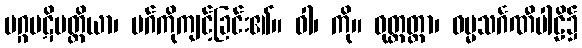
မဂ္ဂပဋိပတ္တိယာ၊ မဂ်ကိုကျင့်ခြင်း၏။ ဝါ၊ ကို။ ဝုတ္တတ္တာ၊ ဓမ္မသင်္ဂဏီပါဠိ၌